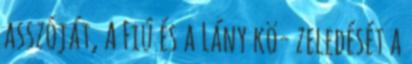
asszóját, A Fiú és a Lány kö- zeledését a